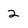
Character: 2